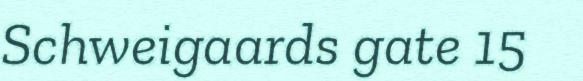
Schweigaards gate 15